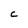
Character: c